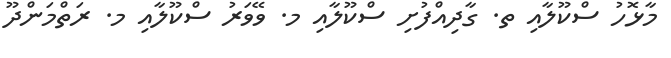
މާޅޮހު ސްކޫލާއި ތ. ގާދިއްފުށި ސްކޫލާއި މ. ވޭވަރު ސްކޫލާއި މ. ރަތްމަންދޫ